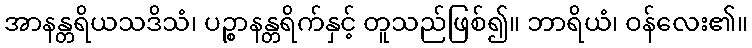
အာနန္တရိယသဒိသံ၊ ပဉ္စာနန္တရိက်နှင့် တူသည်ဖြစ်၍။ ဘာရိယံ၊ ဝန်လေး၏။